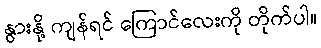
နွားနို့ ကျန်ရင် ကြောင်လေးကို တိုက်ပါ။